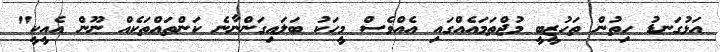
އަޅުގަނޑު ހިތުން ތަހުޒީބީ މުޖްތަމައެއްގައި އެއްވެސް މީހަކު ބަލައިގަންނާނެ ކަންތައްތަކެއް ނޫން އެއީކީ"